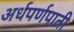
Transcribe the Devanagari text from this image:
अर्धपर्णपाती